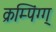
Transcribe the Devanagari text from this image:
क्रम्पिंग्ग्